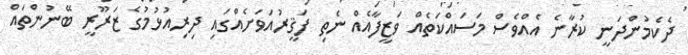
ދެކެމުންދަނީ ކުރާނެ އެއްވެސް މަސައްކަތެއް ވަޒީފާއެއް ނެތި ފަޤީރުއަވަށެއްގައި ދިރިއުޅުމުގެ ޒަރޫރީ ބޭނުންތައް